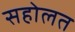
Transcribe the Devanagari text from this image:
सहोलत